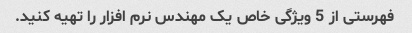
فهرستی از 5 ویژگی خاص یک مهندس نرم افزار را تهیه کنید.